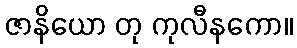
ဇာနိယော တု ကုလီနကော။